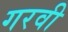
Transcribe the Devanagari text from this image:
गरवी